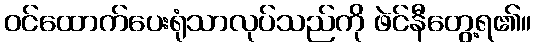
ဝင်ထောက်ပေးရုံသာလုပ်သည်ကို ဖဲင်နီတွေ့ရ၏။